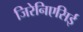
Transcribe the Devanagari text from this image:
जिरेनिएसिई